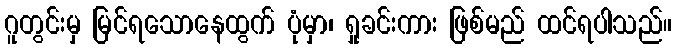
ဂူတွင်းမှ မြင်ရသောနေထွက် ပုံမှာ၊ ရှုခင်းကား ဖြစ်မည် ထင်ရပါသည်။